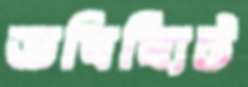
ভবিষ্যিট